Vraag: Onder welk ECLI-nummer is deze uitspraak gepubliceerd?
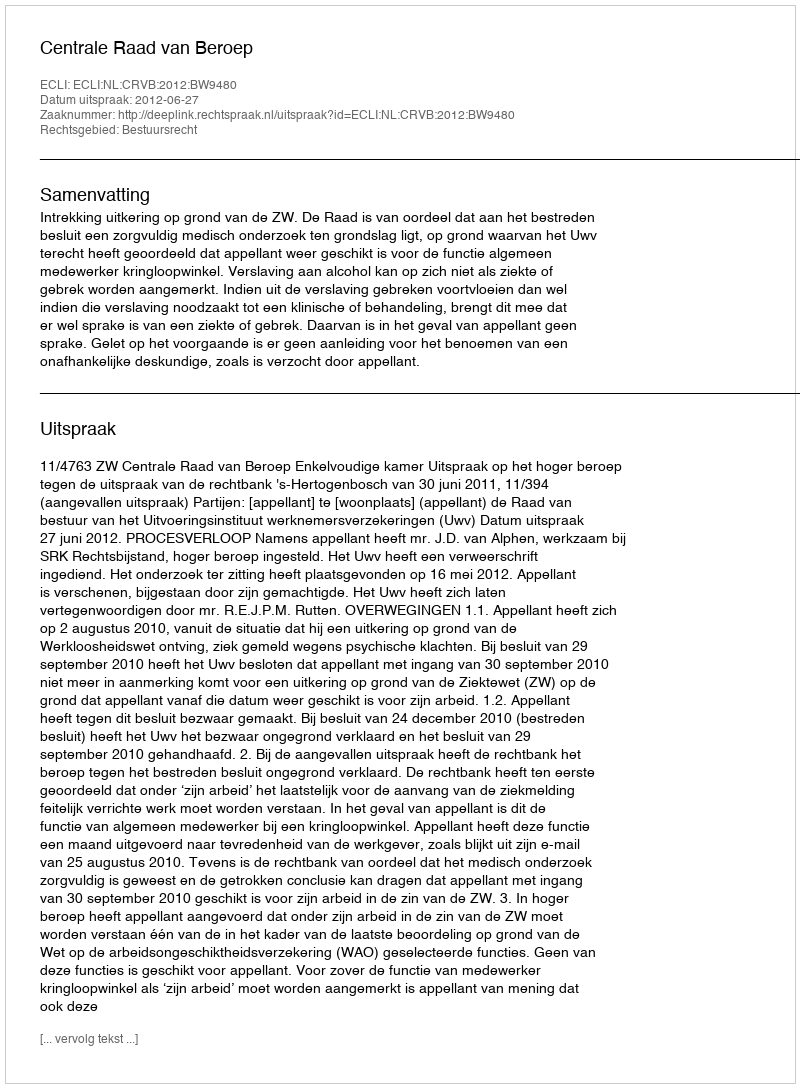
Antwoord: ECLI:NL:CRVB:2012:BW9480